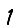
Digit: 1